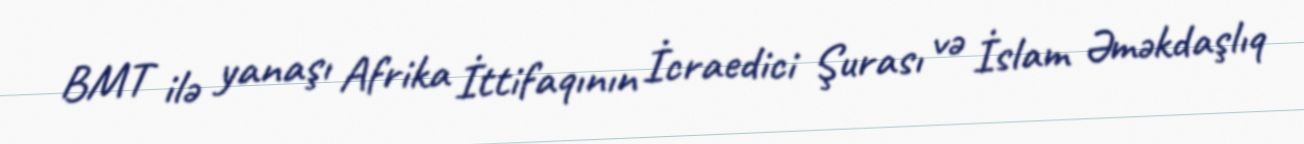
BMT ilə yanaşı Afrika İttifaqının İcraedici Şurası və İslam Əməkdaşlıq